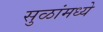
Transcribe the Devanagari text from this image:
सुळांमध्ये